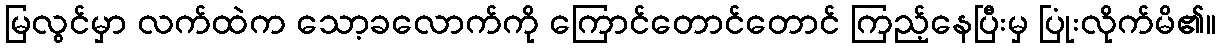
မြလွင်မှာ လက်ထဲက သော့ခလောက်ကို ကြောင်တောင်တောင် ကြည့်နေပြီးမှ ပြုံးလိုက်မိ၏။